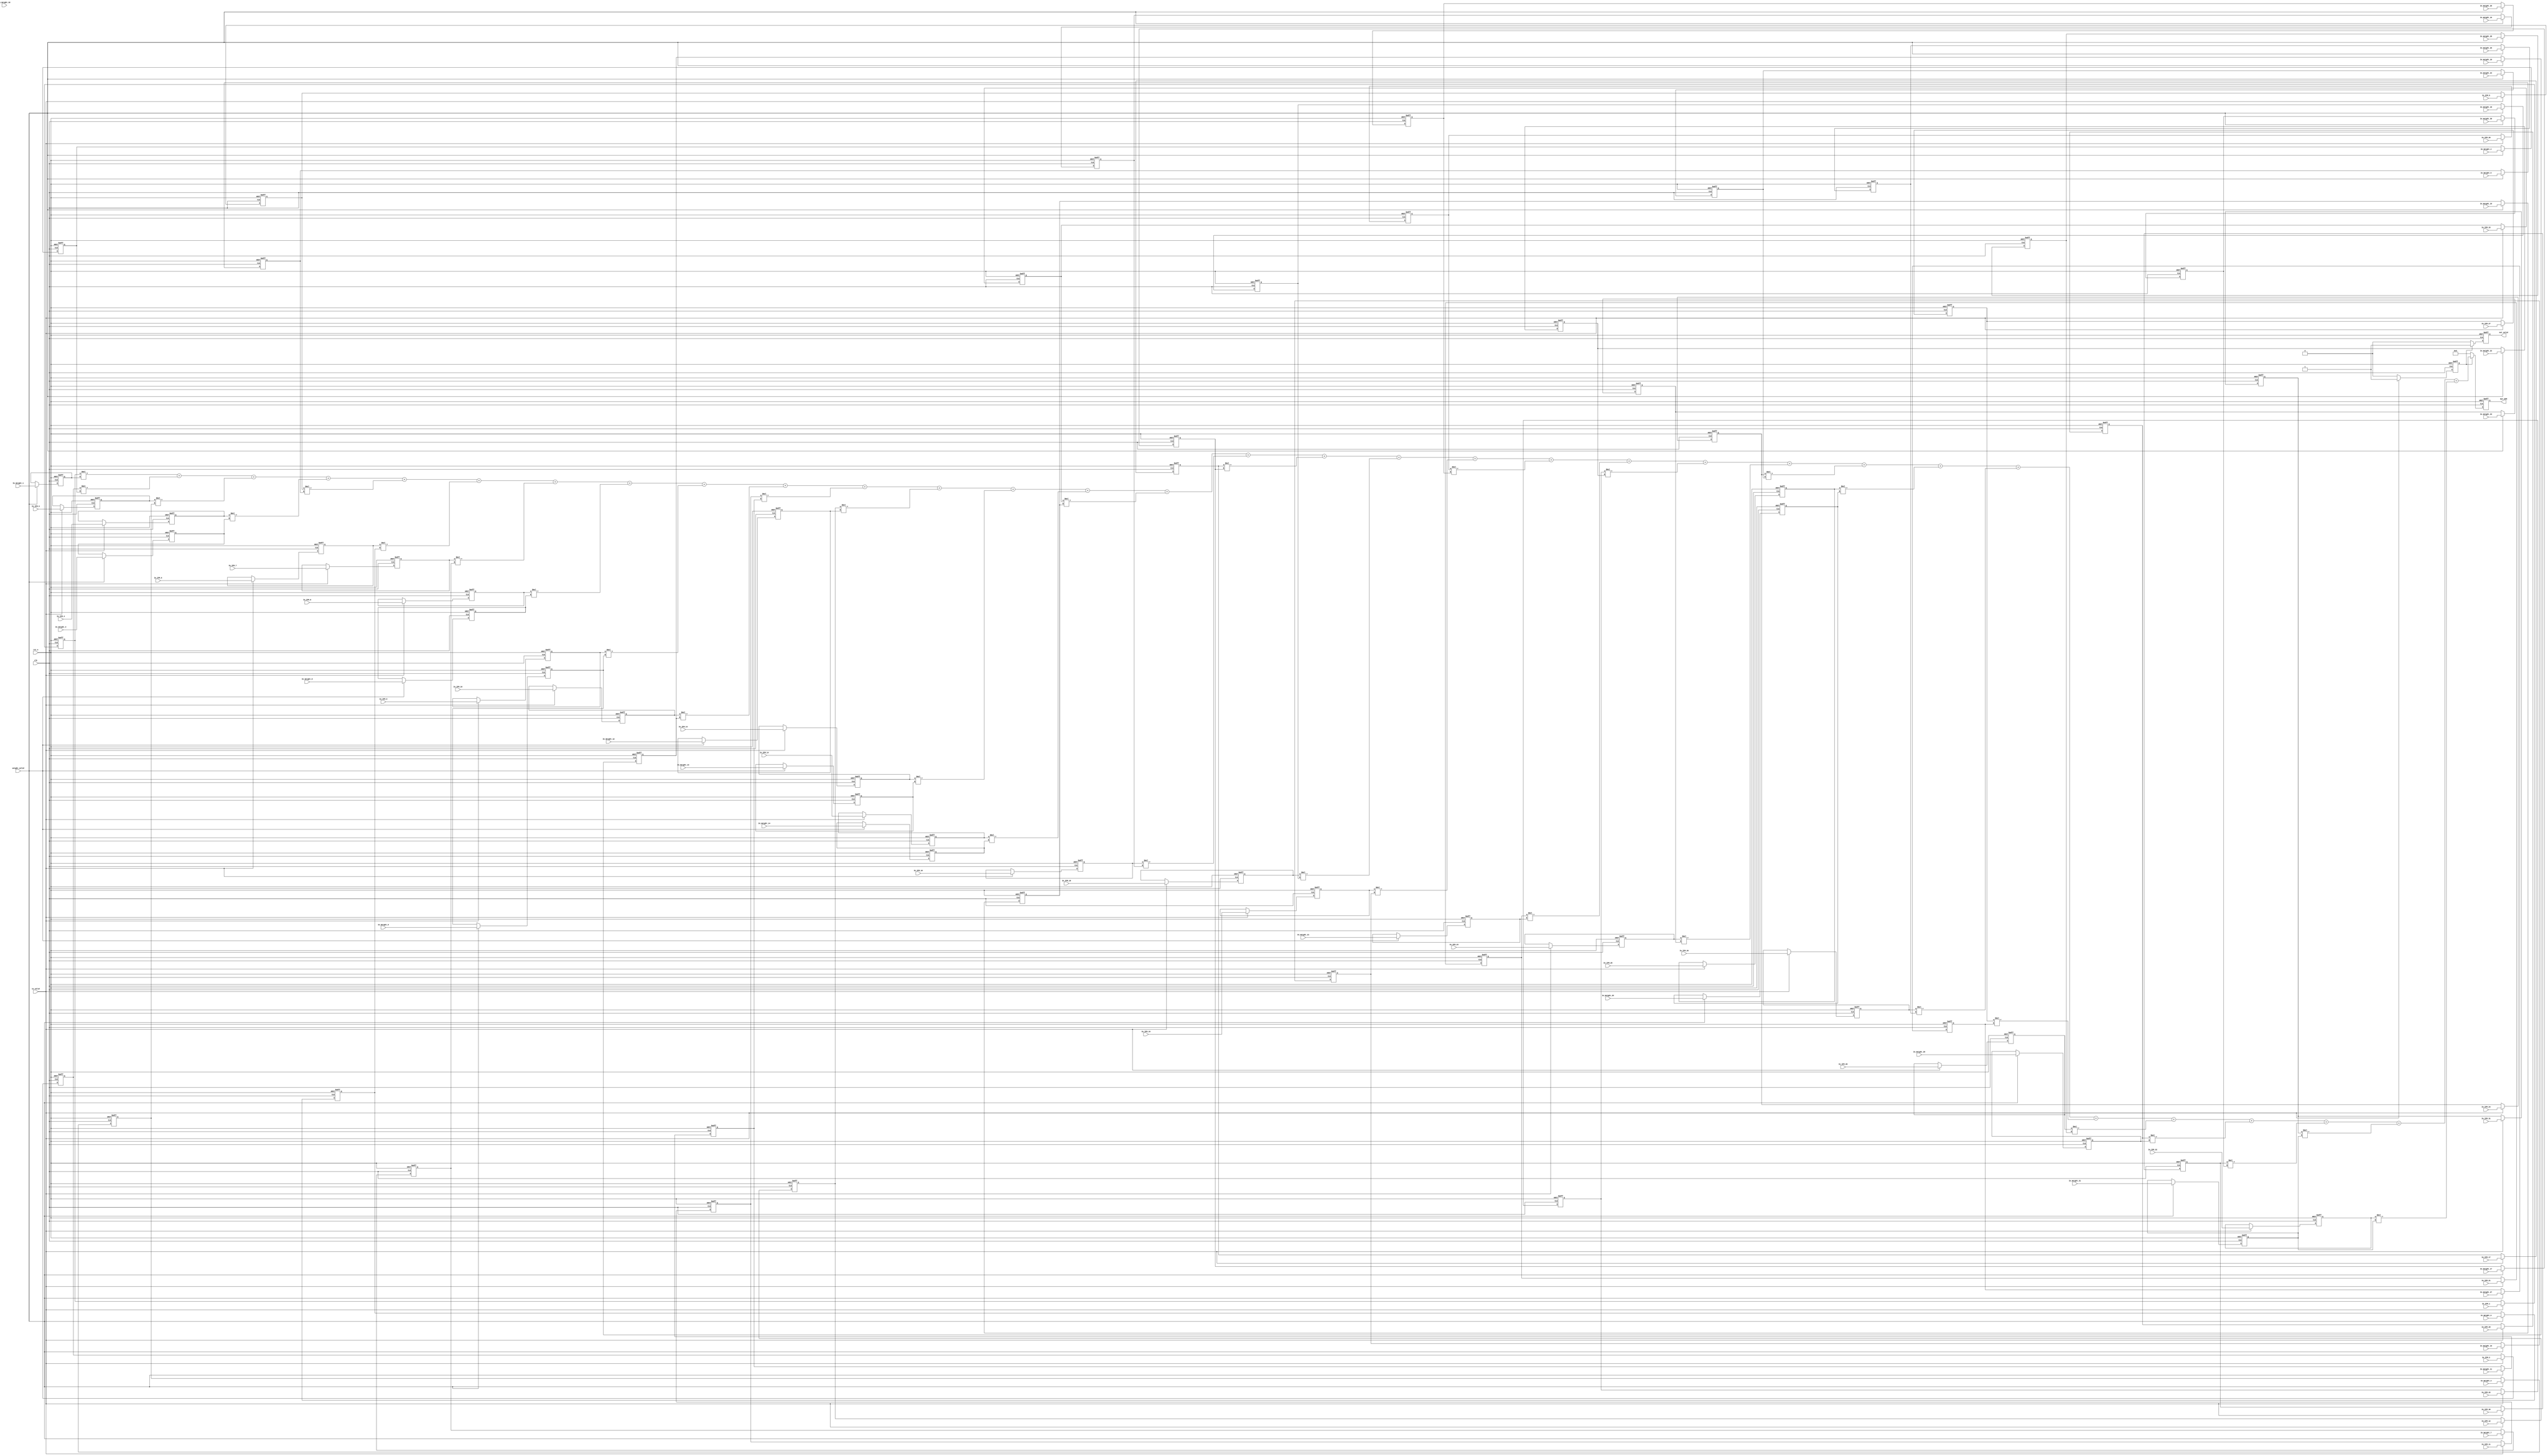

module Convolution(
    //input
    clk,
    rst_n,
    in_valid,
    weight_valid,
    In_IFM_1,
    In_IFM_2,
    In_IFM_3,
    In_IFM_4,
    In_IFM_5,
    In_IFM_6,
    In_IFM_7,
    In_IFM_8,
    In_IFM_9,
    In_IFM_10,
    In_IFM_11,
    In_IFM_12,
    In_IFM_13,
    In_IFM_14,
    In_IFM_15,
    In_IFM_16,
    In_IFM_17,
    In_IFM_18,
    In_IFM_19,
    In_IFM_20,
    In_IFM_21,
    In_IFM_22,
    In_IFM_23,
    In_IFM_24,
    In_IFM_25,
    In_IFM_26,
    In_IFM_27,
    In_IFM_28,
    In_IFM_29,
    In_IFM_30,
    In_IFM_31,
    In_IFM_32,

    In_Weight_1,
    In_Weight_2,
    In_Weight_3,
    In_Weight_4,
    In_Weight_5,
    In_Weight_6,
    In_Weight_7,
    In_Weight_8,
    In_Weight_9,
    In_Weight_10,
    In_Weight_11,
    In_Weight_12,
    In_Weight_13,
    In_Weight_14,
    In_Weight_15,
    In_Weight_16,
    In_Weight_17,
    In_Weight_18,
    In_Weight_19,
    In_Weight_20,
    In_Weight_21,
    In_Weight_22,
    In_Weight_23,
    In_Weight_24,
    In_Weight_25,
    In_Weight_26,
    In_Weight_27,
    In_Weight_28,
    In_Weight_29,
    In_Weight_30,
    In_Weight_31,
    In_Weight_32,

    //output
    out_valid, 
    Out_OFM
);

input clk, rst_n, in_valid, weight_valid;
input [3:0]In_IFM_1;
input [3:0]In_IFM_2;
input [3:0]In_IFM_3;
input [3:0]In_IFM_4;
input [3:0]In_IFM_5;
input [3:0]In_IFM_6;
input [3:0]In_IFM_7;
input [3:0]In_IFM_8;
input [3:0]In_IFM_9;
input [3:0]In_IFM_10;
input [3:0]In_IFM_11;
input [3:0]In_IFM_12;
input [3:0]In_IFM_13;
input [3:0]In_IFM_14;
input [3:0]In_IFM_15;
input [3:0]In_IFM_16;
input [3:0]In_IFM_17;
input [3:0]In_IFM_18;
input [3:0]In_IFM_19;
input [3:0]In_IFM_20;
input [3:0]In_IFM_21;
input [3:0]In_IFM_22;
input [3:0]In_IFM_23;
input [3:0]In_IFM_24;
input [3:0]In_IFM_25;
input [3:0]In_IFM_26;
input [3:0]In_IFM_27;
input [3:0]In_IFM_28;
input [3:0]In_IFM_29;
input [3:0]In_IFM_30;
input [3:0]In_IFM_31;
input [3:0]In_IFM_32;

input [3:0]In_Weight_1;
input [3:0]In_Weight_2;
input [3:0]In_Weight_3;
input [3:0]In_Weight_4;
input [3:0]In_Weight_5;
input [3:0]In_Weight_6;
input [3:0]In_Weight_7;
input [3:0]In_Weight_8;
input [3:0]In_Weight_9;
input [3:0]In_Weight_10;
input [3:0]In_Weight_11;
input [3:0]In_Weight_12;
input [3:0]In_Weight_13;
input [3:0]In_Weight_14;
input [3:0]In_Weight_15;
input [3:0]In_Weight_16;
input [3:0]In_Weight_17;
input [3:0]In_Weight_18;
input [3:0]In_Weight_19;
input [3:0]In_Weight_20;
input [3:0]In_Weight_21;
input [3:0]In_Weight_22;
input [3:0]In_Weight_23;
input [3:0]In_Weight_24;
input [3:0]In_Weight_25;
input [3:0]In_Weight_26;
input [3:0]In_Weight_27;
input [3:0]In_Weight_28;
input [3:0]In_Weight_29;
input [3:0]In_Weight_30;
input [3:0]In_Weight_31;
input [3:0]In_Weight_32;

output reg out_valid;
output reg [12:0] Out_OFM;

reg [3:0] IFM[0:1][0:3][0:3];
reg [3:0] Weight[0:1][0:3][0:3];

// reg [7:0] count_out;
reg current_state;
wire next_state;

integer i,j,k;

// state condition
assign next_state = (in_valid) ? 1:0;

always@(posedge clk or negedge rst_n) begin
	if(!rst_n)
		current_state <= 0;
	else
		current_state <= next_state;
end

always@(posedge clk or negedge rst_n) begin
    if(!rst_n) begin
    for(i=0;i<2;i=i+1) begin
      for(j=0;j<4;j=j+1) begin
        for(k=0; k<4; k=k+1) begin
          Weight[i][j][k] <=0;
        end
      end
    end
    end

    else if(weight_valid) begin
        Weight[0][0][0] <= In_Weight_1;
        Weight[0][0][1] <= In_Weight_2;
        Weight[0][0][2] <= In_Weight_3;
        Weight[0][0][3] <= In_Weight_4;
        Weight[0][1][0] <= In_Weight_5;
        Weight[0][1][1] <= In_Weight_6;
        Weight[0][1][2] <= In_Weight_7;
        Weight[0][1][3] <= In_Weight_8;
        Weight[0][2][0] <= In_Weight_9;
        Weight[0][2][1] <= In_Weight_10;
        Weight[0][2][2] <= In_Weight_11;
        Weight[0][2][3] <= In_Weight_12;
        Weight[0][3][0] <= In_Weight_13;
        Weight[0][3][1] <= In_Weight_14;
        Weight[0][3][2] <= In_Weight_15;
        Weight[0][3][3] <= In_Weight_16;
        Weight[1][0][0] <= In_Weight_17;
        Weight[1][0][1] <= In_Weight_18;
        Weight[1][0][2] <= In_Weight_19;
        Weight[1][0][3] <= In_Weight_20;
        Weight[1][1][0] <= In_Weight_21;
        Weight[1][1][1] <= In_Weight_22;
        Weight[1][1][2] <= In_Weight_23;
        Weight[1][1][3] <= In_Weight_24;
        Weight[1][2][0] <= In_Weight_25;
        Weight[1][2][1] <= In_Weight_26;
        Weight[1][2][2] <= In_Weight_27;
        Weight[1][2][3] <= In_Weight_28;
        Weight[1][3][0] <= In_Weight_29;
        Weight[1][3][1] <= In_Weight_30;
        Weight[1][3][2] <= In_Weight_31;
        Weight[1][3][3] <= In_Weight_32;
    end
end


always@(posedge clk or negedge rst_n) begin
    if(!rst_n) begin
    for(i=0;i<2;i=i+1) begin
      for(j=0;j<4;j=j+1) begin
        for(k=0; k<4; k=k+1) begin
          IFM[i][j][k] <=0;
        end
      end
    end
    end

    else if(in_valid) begin
        IFM[0][0][0] <= In_IFM_1;
        IFM[0][0][1] <= In_IFM_2;
        IFM[0][0][2] <= In_IFM_3;
        IFM[0][0][3] <= In_IFM_4;
        IFM[0][1][0] <= In_IFM_5;
        IFM[0][1][1] <= In_IFM_6;
        IFM[0][1][2] <= In_IFM_7;
        IFM[0][1][3] <= In_IFM_8;
        IFM[0][2][0] <= In_IFM_9;
        IFM[0][2][1] <= In_IFM_10;
        IFM[0][2][2] <= In_IFM_11;
        IFM[0][2][3] <= In_IFM_12;
        IFM[0][3][0] <= In_IFM_13;
        IFM[0][3][1] <= In_IFM_14;
        IFM[0][3][2] <= In_IFM_15;
        IFM[0][3][3] <= In_IFM_16;
        IFM[1][0][0] <= In_IFM_17;
        IFM[1][0][1] <= In_IFM_18;
        IFM[1][0][2] <= In_IFM_19;
        IFM[1][0][3] <= In_IFM_20;
        IFM[1][1][0] <= In_IFM_21;
        IFM[1][1][1] <= In_IFM_22;
        IFM[1][1][2] <= In_IFM_23;
        IFM[1][1][3] <= In_IFM_24;
        IFM[1][2][0] <= In_IFM_25;
        IFM[1][2][1] <= In_IFM_26;
        IFM[1][2][2] <= In_IFM_27;
        IFM[1][2][3] <= In_IFM_28;
        IFM[1][3][0] <= In_IFM_29;
        IFM[1][3][1] <= In_IFM_30;
        IFM[1][3][2] <= In_IFM_31;
        IFM[1][3][3] <= In_IFM_32;
    end
end

always@(posedge clk or negedge rst_n) begin
    if(!rst_n)
        out_valid <= 0;
    else if(current_state)
        out_valid <= 1;
    else
        out_valid <= 0;
end



always@(posedge clk or negedge rst_n) begin
    if(!rst_n)
        Out_OFM <= 0;
    else if(current_state) begin
       Out_OFM <= IFM[0][0][0]*Weight[0][0][0]
        +IFM[0][0][1]*Weight[0][0][1]
        +IFM[0][0][2]*Weight[0][0][2]
        +IFM[0][0][3]*Weight[0][0][3]
        +IFM[0][1][0]*Weight[0][1][0]
        +IFM[0][1][1]*Weight[0][1][1]
        +IFM[0][1][2]*Weight[0][1][2]
        +IFM[0][1][3]*Weight[0][1][3]
        +IFM[0][2][0]*Weight[0][2][0]
        +IFM[0][2][1]*Weight[0][2][1]
        +IFM[0][2][2]*Weight[0][2][2]
        +IFM[0][2][3]*Weight[0][2][3]
        +IFM[0][3][0]*Weight[0][3][0]
        +IFM[0][3][1]*Weight[0][3][1]
        +IFM[0][3][2]*Weight[0][3][2]
        +IFM[0][3][3]*Weight[0][3][3]
        +IFM[1][0][0]*Weight[1][0][0]
        +IFM[1][0][1]*Weight[1][0][1]
        +IFM[1][0][2]*Weight[1][0][2]
        +IFM[1][0][3]*Weight[1][0][3]
        +IFM[1][1][0]*Weight[1][1][0]
        +IFM[1][1][1]*Weight[1][1][1]
        +IFM[1][1][2]*Weight[1][1][2]
        +IFM[1][1][3]*Weight[1][1][3]
        +IFM[1][2][0]*Weight[1][2][0]
        +IFM[1][2][1]*Weight[1][2][1]
        +IFM[1][2][2]*Weight[1][2][2]
        +IFM[1][2][3]*Weight[1][2][3]
        +IFM[1][3][0]*Weight[1][3][0]
        +IFM[1][3][1]*Weight[1][3][1]
        +IFM[1][3][2]*Weight[1][3][2]
        +IFM[1][3][3]*Weight[1][3][2];
	end
    else
        Out_OFM <= 0;
end

endmodule